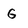
Character: G